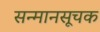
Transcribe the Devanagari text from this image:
सन्मानसूचक